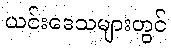
ယင်းဒေသများတွင်